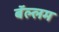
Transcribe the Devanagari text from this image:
बॅल्लम